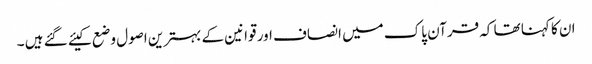
ان کا کہنا تھا کہ قرآن پاک میں انصاف اور قوانین کے بہترین اصول وضع کیئے گئے ہیں ۔